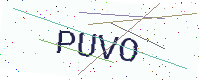
Text: PUVO